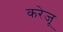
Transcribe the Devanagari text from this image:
करेजू